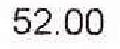
52.00